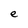
Character: e